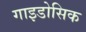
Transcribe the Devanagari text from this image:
गाइडोसिक